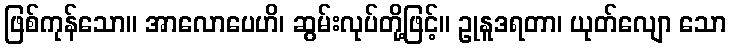
ဖြစ်ကုန်သော။ အာလောပေဟိ၊ ဆွမ်းလုပ်တို့ဖြင့်။ ဥုနူဒရတာ၊ ယုတ်လျော သော